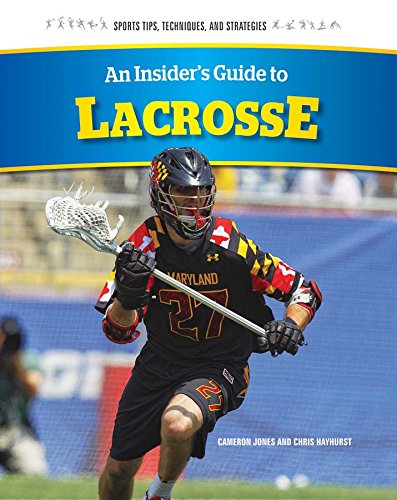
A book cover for An Insider's Guide to Lacrosse (Sports Tips, Techniques, and Strategies); Chris Hayhurst; Children's Books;